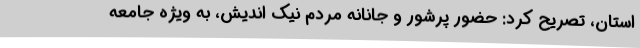
استان، تصریح کرد: حضور پرشور و جانانه مردم نیک اندیش، به ویژه جامعه